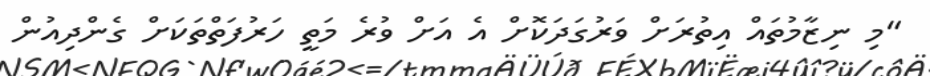
"މި ނިޒާމުތައް އިތުރަށް ވަރުގަދަކޮށް އެ އަށް ވުރެ މަތީ ހަރުފަތްތަކަށް ގެންދިއުން